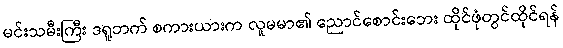
မင်းသမီးကြီး ဒရူဘက် စကားယားက လူမမာ၏ ညောင်စောင်းဘေး ထိုင်ဖုံတွင်ထိုင်ရန်